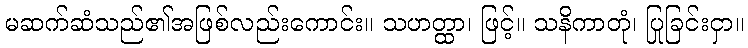
မဆက်ဆံသည်၏အဖြစ်လည်းကောင်း။ သဟတ္ထာ၊ ဖြင့်။ သနိကာတုံ၊ ပြုခြင်းငှာ။